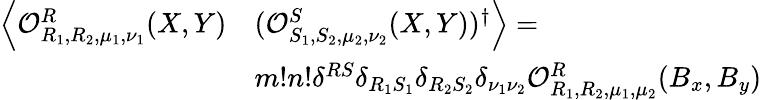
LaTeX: \begin{array}{rl}{\left\langle\mathcal{O}_{R_{1},R_{2},\mu_{1},\nu_{1}}^{R}(X,Y)\right.}&{\left.(\mathcal{O}_{S_{1},S_{2},\mu_{2},\nu_{2}}^{S}(X,Y))^{\dagger}\right\rangle=}\\ &{m!n!\delta^{RS}\delta_{R_{1}S_{1}}\delta_{R_{2}S_{2}}\delta_{\nu_{1}\nu_{2}}\mathcal{O}_{R_{1},R_{2},\mu_{1},\mu_{2}}^{R}(B_{x},B_{y})}\end{array}